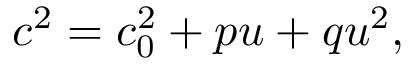
c ^ { 2 } = c _ { 0 } ^ { 2 } + p u + q u ^ { 2 } ,